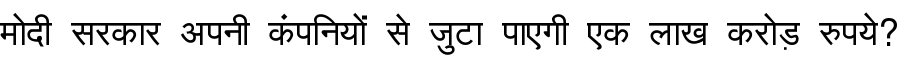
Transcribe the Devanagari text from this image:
मोदी सरकार अपनी कंपनियों से जुटा पाएगी एक लाख करोड़ रुपये?